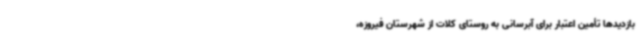
بازدیدها تأمین اعتبار برای آبرسانی به روستای کلات از شهرستان فیروزه،